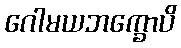
ဂေါမယဘက္ခောပိ